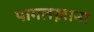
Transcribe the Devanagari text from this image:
पागलख़ाना